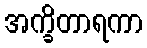
အက္ခိတာရကာ